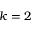
k = 2